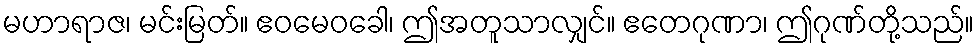
မဟာရာဇ၊ မင်းမြတ်။ ဧဝမေဝခေါ၊ ဤအတူသာလျှင်။ ဧတေဂုဏာ၊ ဤဂုဏ်တို့သည်။